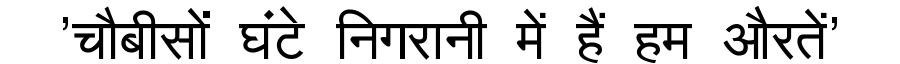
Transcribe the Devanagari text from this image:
'चौबीसों घंटे निगरानी में हैं हम औरतें'